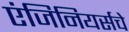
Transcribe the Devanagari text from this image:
एंजिनियर्सचे